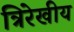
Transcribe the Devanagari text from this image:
त्रिरेखीय